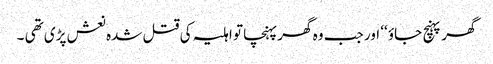
گھر پہنچ جاؤ ‘‘ اور جب وہ گھر پہنچا تو اہلیہ کی قتل شدہ نعش پڑی تھی ۔